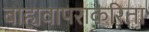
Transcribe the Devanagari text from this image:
बाह्यवापराकरिता